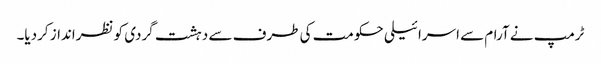
ٹرمپ نے آرام سے اسرائیلی حکومت کی طرف سے دہشت گردی کو نظرانداز کردیا۔